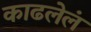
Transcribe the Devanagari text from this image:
काढलेलं